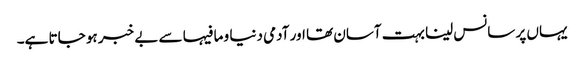
یہاں پر سانس لینا بہت آسان تھا اور آدمی دنیا و ما فیہا سے بے خبر ہو جاتا ہے۔